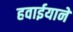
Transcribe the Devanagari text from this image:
हवाईयाने